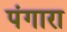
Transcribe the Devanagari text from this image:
पंगारा